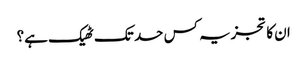
ان کا تجزیہ کس حد تک ٹھیک ہے؟